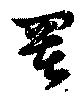
署